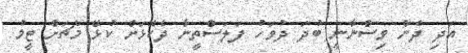
އަދި ދެން ވިސްނާނީ ބުދަ ދުވަހު ފަލަސްތީނާ ދެކޮޅަށް ކުޅޭ މެޗަށް ޓީމު